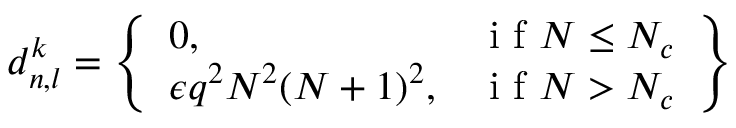
d _ { n , l } ^ { k } = \left\{ \begin{array} { l r } { 0 , } & { \mathrm { ~ i ~ f ~ } N \leq N _ { c } } \\ { \epsilon q ^ { 2 } N ^ { 2 } ( N + 1 ) ^ { 2 } , } & { \mathrm { ~ i ~ f ~ } N > N _ { c } } \end{array} \right\}